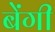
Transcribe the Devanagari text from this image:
बेंगी